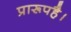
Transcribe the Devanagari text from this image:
प्रारूपहै।